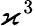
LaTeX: \varkappa^{3}